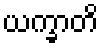
ယက္ခာတိ